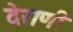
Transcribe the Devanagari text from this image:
देराणी